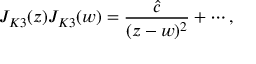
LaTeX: J _ { K 3 } ( z ) J _ { K 3 } ( w ) = { \frac { \hat { c } } { ( z - w ) ^ { 2 } } } + \cdots ,